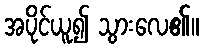
အပိုင်ယူ၍ သွားလေ၏။